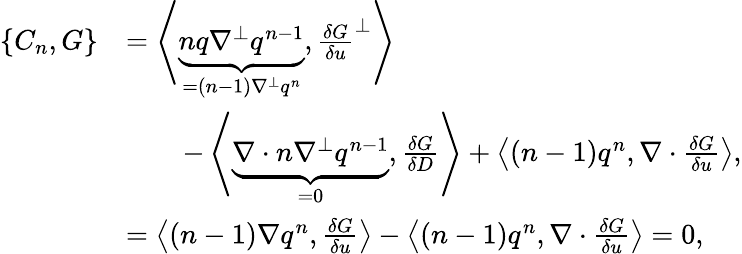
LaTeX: \begin{array}{rl}{\{ C_{n},G\} }&{=\left\langle\underbrace{nq\nabla^{\perp}q^{n-1}}_{=(n-1)\nabla^{\perp}q^{n}},\frac{\delta G}{\delta u}^{\perp}\right\rangle}\\ &{\qquad-\left\langle\underbrace{\nabla\cdot n\nabla^{\perp}q^{n-1}}_{=0},\frac{\delta G}{\delta D}\right\rangle+\left\langle(n-1)q^{n},\nabla\cdot\frac{\delta G}{\delta u}\right\rangle,}\\ &{=\left\langle(n-1)\nabla q^{n},\frac{\delta G}{\delta u}\right\rangle-\left\langle(n-1)q^{n},\nabla\cdot\frac{\delta G}{\delta u}\right\rangle=0,}\end{array}